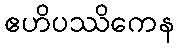
ဧဟိပဿိကေန